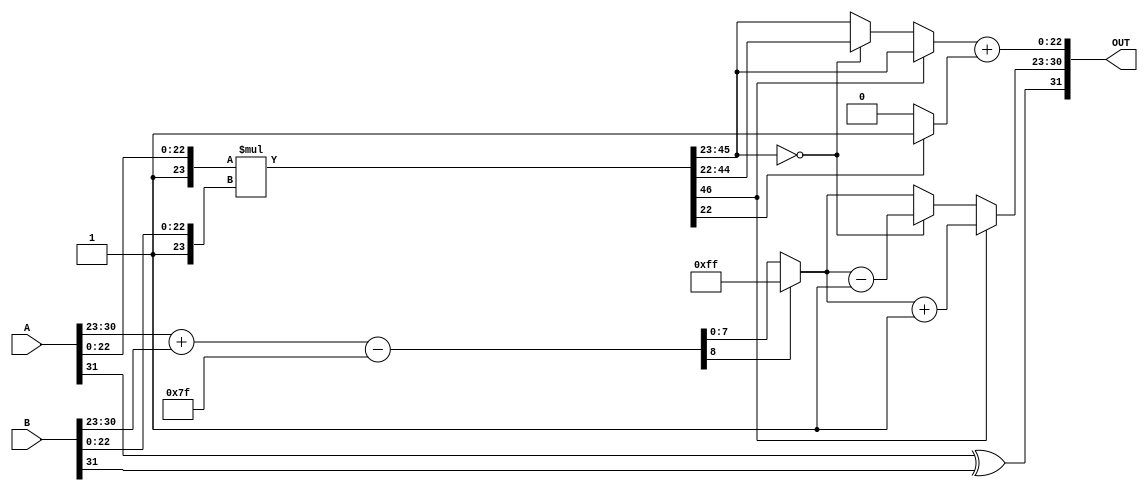
module floating_point_multiplier (
    input [31:0] A, // First floating-point input
    input [31:0] B, // Second floating-point input
    output reg [31:0] OUT // Output floating-point result
);

    // Decompose inputs
    wire S_A = A[31]; // Sign bit of A
    wire S_B = B[31]; // Sign bit of B
    wire [7:0] E_A = A[30:23]; // Exponent of A
    wire [7:0] E_B = B[30:23]; // Exponent of B
    wire [22:0] M_A = A[22:0]; // Significand of A
    wire [22:0] M_B = B[22:0]; // Significand of B

    // Sign calculation
    wire S_OUT = S_A ^ S_B; // Output sign

    // Exponent calculation
    wire [7:0] bias = 8'd127;
    wire [8:0] E_OUT_raw = {1'b0, E_A} + {1'b0, E_B} - bias; // Raw output exponent
    wire [7:0] E_OUT = (E_OUT_raw[8] ? 8'hFF : E_OUT_raw[7:0]); // Handle overflow to infinity

    // Significand multiplication
    wire [46:0] M_OUT_raw = {1'b1, M_A} * {1'b1, M_B}; // Multiplying with implicit leading 1
    wire [46:0] M_OUT = M_OUT_raw; // Store raw significand product

    // Normalization
    reg [7:0] E_OUT_norm;
    reg [22:0] M_OUT_norm;

    always @(*) begin
        if (M_OUT[46]) begin // If product >= 2
            M_OUT_norm = M_OUT[45:23]; // Right shift
            E_OUT_norm = E_OUT + 1;
        end else if (M_OUT[45:23] == 0) begin // If product < 1
            M_OUT_norm = M_OUT[44:22]; // Left shift
            E_OUT_norm = E_OUT - 1;
        end else begin
            M_OUT_norm = M_OUT[45:23]; // Normalized
            E_OUT_norm = E_OUT;
        end
    end

    // Rounding (simple round to nearest)
    wire [22:0] M_OUT_rounded;
    assign M_OUT_rounded = M_OUT_norm + (M_OUT[22] ? 1 : 0); // Simple rounding

    // Final assembly
    always @(*) begin
        OUT[31] = S_OUT; // Sign
        OUT[30:23] = E_OUT_norm; // Exponent
        OUT[22:0] = M_OUT_rounded[22:0]; // Significand
    end

endmodule